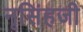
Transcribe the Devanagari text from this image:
नृसिंहजी